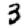
Digit: 3